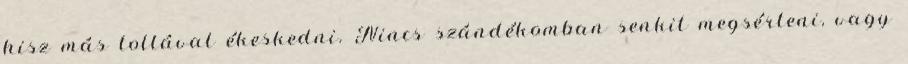
hisz más tollával ékeskedni. Nincs szándékomban senkit megsérteni, vagy